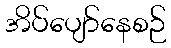
အိပ်ပျော်နေစဉ်